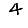
Digit: 4